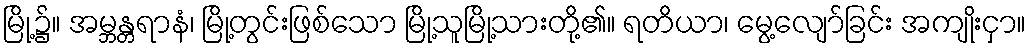
မြို့၌။ အမ္ဘန္တရာနံ၊ မြို့တွင်းဖြစ်သော မြို့သူမြို့သားတို့၏။ ရတိယာ၊ မွေ့လျော်ခြင်း အကျိုးငှာ။